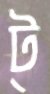
ট্